Indian journal of veterinary science and animal husbandry - Volume 11,
Year: 1941
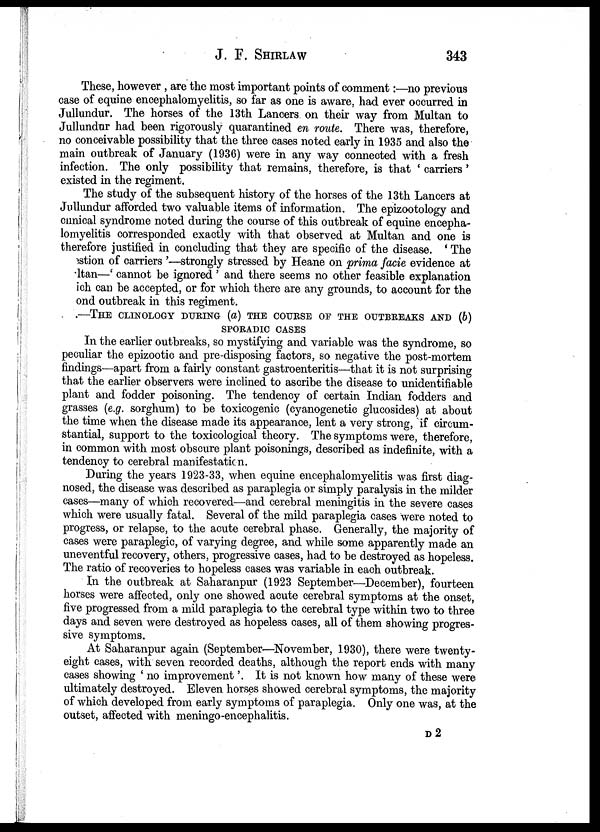
J. F.
SHIRLAW
343
These, however , are the most important points of comment :—no previous
case of equine encephalomyelitis, so far as one is aware, had ever occurred in
Jullundur. The horses of the 13th Lancers on their way from Multan to
Jullundur had been rigorously quarantined en route. There was, therefore,
no conceivable possibility that the three cases noted early in 1935 and also the
main outbreak of January (1936) were in any way connected with a fresh
infection. The only possibility that remains, therefore, is that ' carriers'
existed in the regiment.
The study of the subsequent history of the horses of the 13th Lancers at
Jullundur afforded two valuable items of information. The epizootology and
clinical syndrome noted during the course of this outbreak of equine encepha-
lomyelitis corresponded exactly with that observed at Multan and one is
therefore justified in concluding that they are specific of the disease. ' The
estion of carriers '—strongly stressed by Heane on prima facie evidence at
ltan—' cannot be ignored ' and there seems no other feasible explanation
ich can be accepted, or for which there are any grounds, to account for the
ond outbreak in this regiment.
.—THE CLINOLOGY DURING (a) THE COURSE OF THE OUTBREAKS AND (b)
SPORADIC CASES
In the earlier outbreaks, so mystifying and variable was the syndrome, so
peculiar the epizootic and pre-disposing factors, so negative the post-mortem
findings—apart from a fairly constant gastroenteritis—that it is not surprising
that the earlier observers were inclined to ascribe the disease to unidentifiable
plant and fodder poisoning. The tendency of certain Indian fodders and
grasses (e.g. sorghum) to be toxicogenic (cyanogenetic glucosides) at about
the time when the disease made its appearance, lent a very strong, if circum-
stantial, support to the toxicological theory. The symptoms were, therefore,
in common with most obscure plant poisonings, described as indefinite, with a
tendency to cerebral manifestation.
During the years 1923-33, when equine encephalomyelitis was first diag-
nosed, the disease was described as paraplegia or simply paralysis in the milder
cases—many of which recovered—and cerebral meningitis in the severe cases
which were usually fatal. Several of the mild paraplegia cases were noted to
progress, or relapse, to the acute cerebral phase. Generally, the majority of
cases were paraplegic, of varying degree, and while some apparently made an
uneventful recovery, others, progressive cases, had to be destroyed as hopeless.
The ratio of recoveries to hopeless cases was variable in each outbreak.
In the outbreak at Saharanpur (1923 September—December), fourteen
horses were affected, only one showed acute cerebral symptoms at the onset,
five progressed from a mild paraplegia to the cerebral type within two to three
days and seven were destroyed as hopeless cases, all of them showing progres-
sive symptoms.
At Saharanpur again (September—November, 1930), there were twenty-
eight cases, with seven recorded deaths, although the report ends with many
cases showing ' no improvement '. It is not known how many of these were
ultimately destroyed. Eleven horses showed cerebral symptoms, the majority
of which developed from early symptoms of paraplegia. Only one was, at the
outset, affected with meningo-encephalitis.
D 2